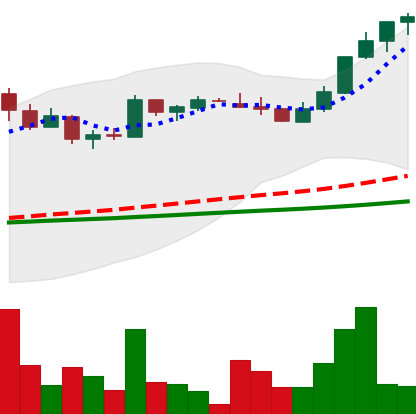
Ticker: LTC-USD
Chart end date: 2017-04-25
Forward return: 3.239%
Label: up_3_5